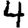
Digit: 4